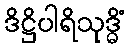
ဒိဋ္ဌိပါရိသုဒ္ဓိံ